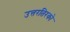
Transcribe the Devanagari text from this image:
उत्तरतिरको